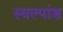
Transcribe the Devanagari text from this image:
स्वल्पांश